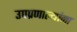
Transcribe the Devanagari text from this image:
उपप्रणाल्यांना